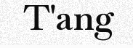
T'ang